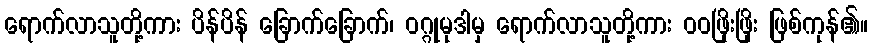
ရောက်လာသူတို့ကား ပိန်ပိန် ခြောက်ခြောက်၊ ဝဂ္ဂုမုဒါမှ ရောက်လာသူတို့ကား ဝဝဖြိုးဖြိုး ဖြစ်ကုန်၏။